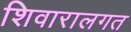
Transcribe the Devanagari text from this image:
शिवारालगत